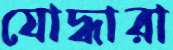
যোদ্ধারা